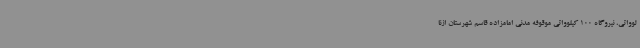
لوواتی، نیروگاه 100 کیلوواتی موقوفه مدنی امامزاده قاسم شهرستان ازنا